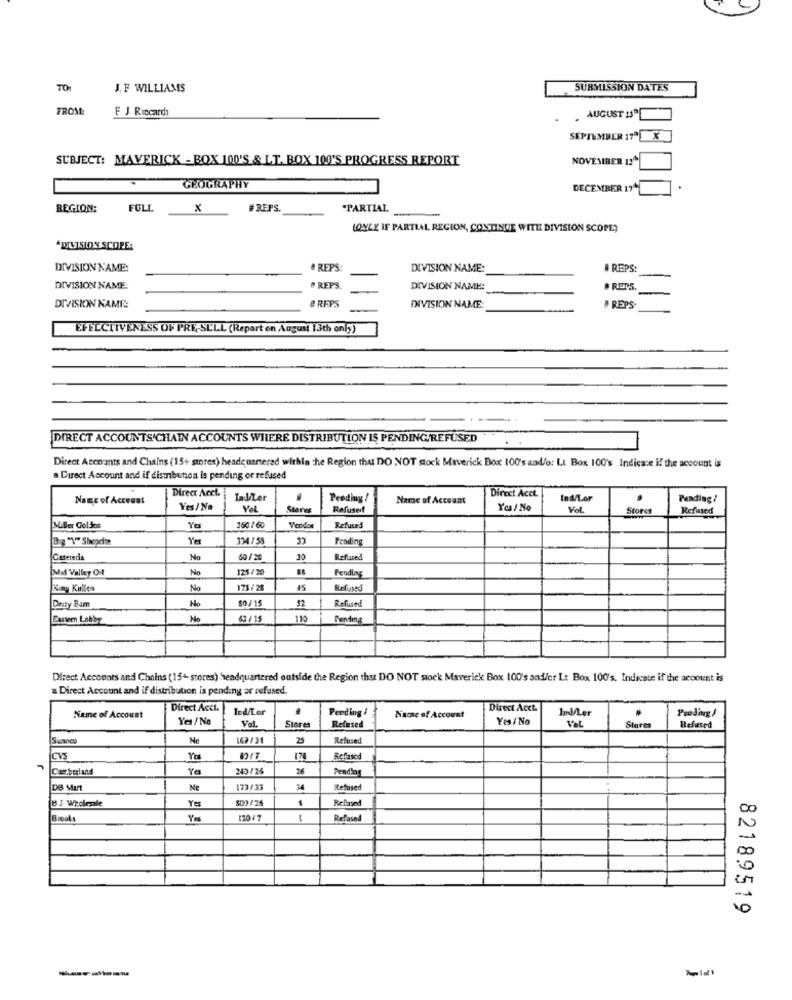
TO1
J. F WILLIAMS
SUBMISSION DATES
FROM
F J Riccardo
AUGUST 13
SEPTEMBER 17ª
SUBJECT: MAVERICK - BOX 100'S & LT. BOX 100'S PROGRESS REPORT
NOVEMBER 12
GEOGRAPHY
DECEMBER 17
REGION:
FULL
x
#REFS
*PARTIAL
(ONLY IF PARTIAL REGION, CONTINUE WITH DIVISION SCOPE)
*DIVISION SCOPE:
DIVISION NAME:
# REPS:
DIVISION NAME:
# REPS:
DIVISION NAME:
O REPS.
DIVISION NAME:
# REPS.
DIVISION NAME
& RAPS
DIVISION NAME:
# REPS
EFELCTIVENESS OF PRE-SELL (Report on August 13th only)
DIRECT ACCOUNTS'CHAIN ACCOUNTS WHERE DISTRIBUTION IS PENDING/REFUSED
Direct Accounts and Chains (15+ stores) headquartered within the Region thu DO NOT dock Maverick Box 100's and/or Lt Box 100's Indicase if the account is
a Direct Account and if distribution is pending or refused
Direct Acct.
Name of Account
ladiLer
Pending /
Name of Account
Direct Acet.
Ind/Lor
Pending/
Yes/ No
Vel
Stares
Refused
Yes / No
Vol
Store
Refused
Miller Gol Jest
Yes
360 / 60
Vendos
Refused
Ba "V" Shepdte
Yer
334 / 55
Pending
Caseteria
No
30
Reflused
Mid Valley Oil
125/20
No
Pending
Kuny Kullen
No
173/ 21
45
Refused
Dnity Bam
No
80/15
52
Refused
Castern Lobby
No
63 /1
110
Pending
Direct Accounts and Chains (154- stores) headquartered outside the Region that DO NOT stock Maverick Box 100's and/or Lt Box 100's. Indicate if the account is
= Direct Account and if distribution is pending ar refused.
Direct Acct.
Ind/Lor
Perdiog !
Direct Acct.
Ind/Ler
Name of Account
Yes / No
Name of Account
Yes/ No
Vel
Proding/
Val.
Stores
Refused
Slares
Refused
Swanco
169734
25
Refused
CVS
Yes
Refused
Cumberland
240/26
DB Murt
Ne
172/33
Refused
B / WEcleple
509 /25
Refused
Brooks
120/7
-
Reflased
82189519